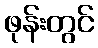
ဖုန်းတွင်